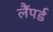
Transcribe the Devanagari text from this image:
लैंपर्ड